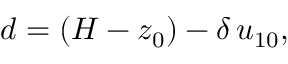
d = ( H - z _ { 0 } ) - \delta \, u _ { 1 0 } ,